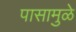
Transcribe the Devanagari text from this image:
पासामुळे